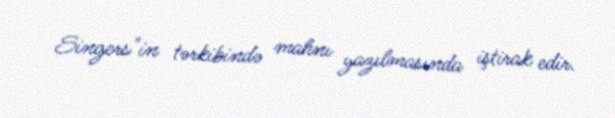
Singers"in tərkibində mahnı yazılmasında iştirak edir.